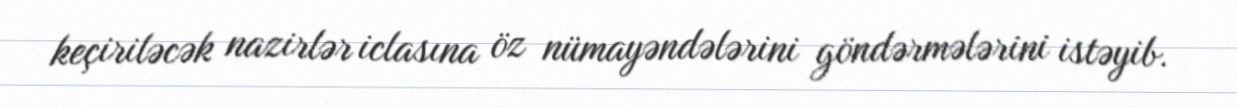
keçiriləcək nazirlər iclasına öz nümayəndələrini göndərmələrini istəyib.